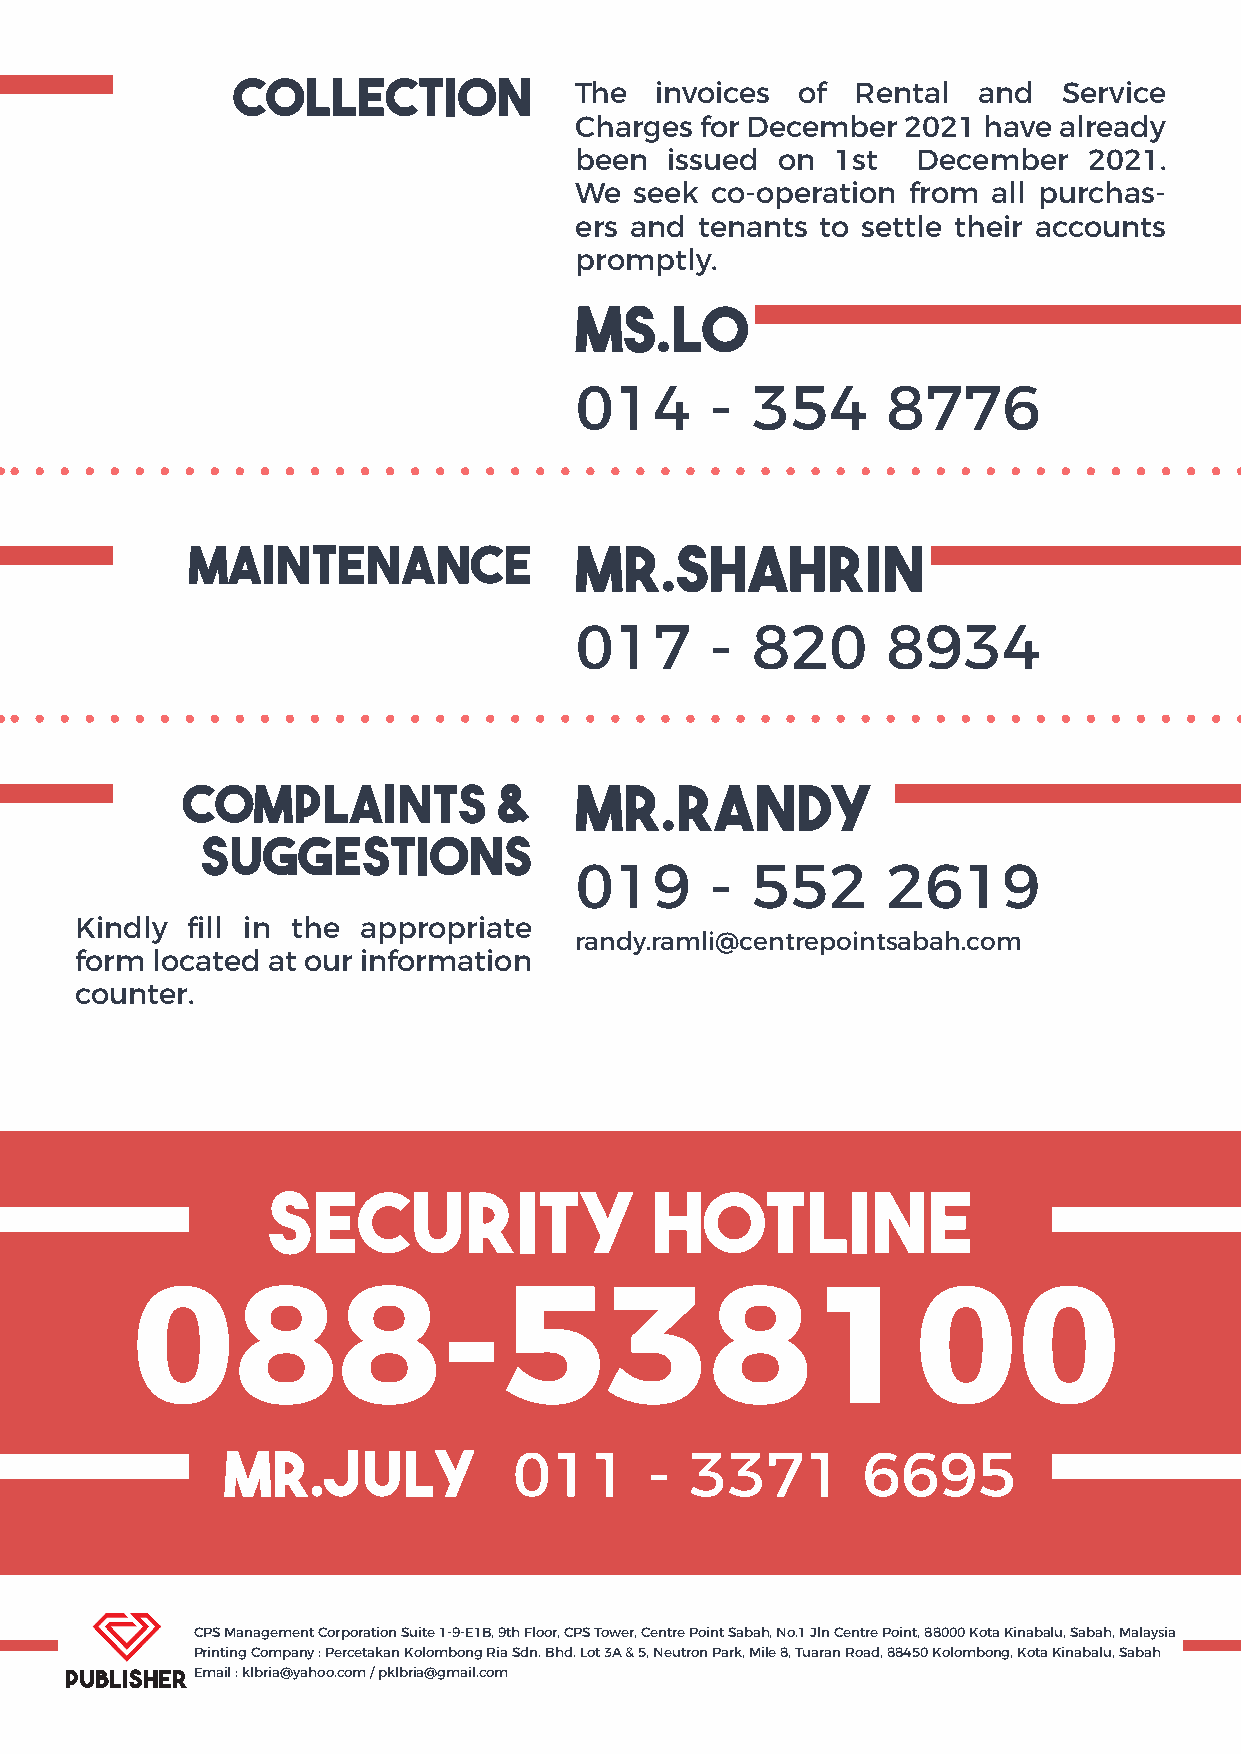
COLLECTION             The  invoices  of  Rental  and  Service
 Charges for December  2021 have already
 been  issued  on 1st   December   2021.
 We  seek co-operation from  all purchas-
 ers and tenants to settle their accounts
 promptly.
 MS.LO
 014      -  354      8776
 MAINTENANCE               MR.SHAHRIN
 017      -  820      8934
 complaints           &    MR.randy
 suggestions
 019      -  552      2619
 Kindly fill in the appropriate
 randy.ramli@centrepointsabah.com
 form located at our information
 counter.
 SECURITY                 HOTLINE
 088-538100
 MR.JULY            011      -  3371       6695
 CPS Management Corporation Suite 1-9-E1B, 9th Floor, CPS Tower, Centre Point Sabah, No.1 Jln Centre Point, 88000 Kota Kinabalu, Sabah, Malaysia
 Printing Company : Percetakan Kolombong Ria Sdn. Bhd. Lot 3A & 5, Neutron Park, Mile 8, Tuaran Road, 88450 Kolombong, Kota Kinabalu, Sabah
 PUBLISHER Email : klbria@yahoo.com / pklbria@gmail.com